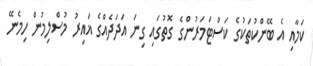
ކަމާއި އެ ބޭންކުތަކުގެ ކަސްޓަމަރުންގެ ގޮތުގައި ގިނަ އަދަދެއްގެ ޣައިރު މުސްލިމުން ހިމެނޭ